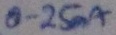
Text: 0.25mA